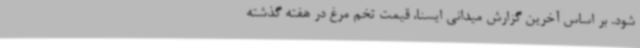
شود. بر اساس آخرین گزارش میدانی ایسنا، قیمت تخم مرغ در هفته گذشته